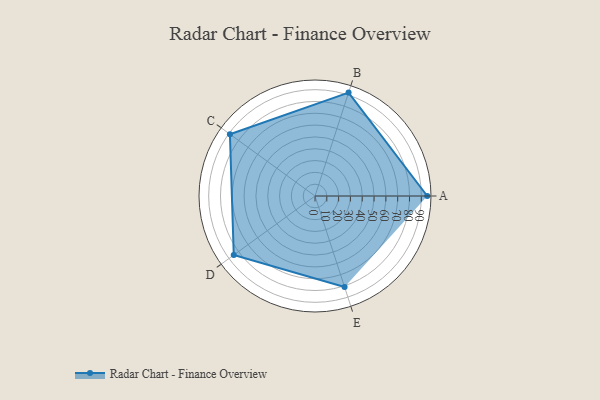
{"axis": {"x": "Skill", "y": "Score"}, "legend": ["Profile"], "data": [{"x": "A", "y": 95.0, "type": "Profile"}, {"x": "B", "y": 92.0, "type": "Profile"}, {"x": "C", "y": 89.0, "type": "Profile"}, {"x": "D", "y": 85.0, "type": "Profile"}, {"x": "E", "y": 81.0, "type": "Profile"}]}